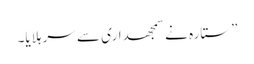
”ستارہ نے سمجھداری سے سر ہلایا۔